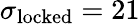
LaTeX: \sigma_{\mathrm{locked}}=21